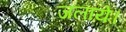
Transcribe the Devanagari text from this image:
जलायें।